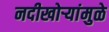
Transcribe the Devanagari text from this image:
नदीखोर्‍यांमुळे